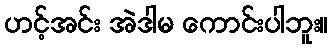
ဟင့်အင်း အဲဒါမ ကောင်းပါဘူး။